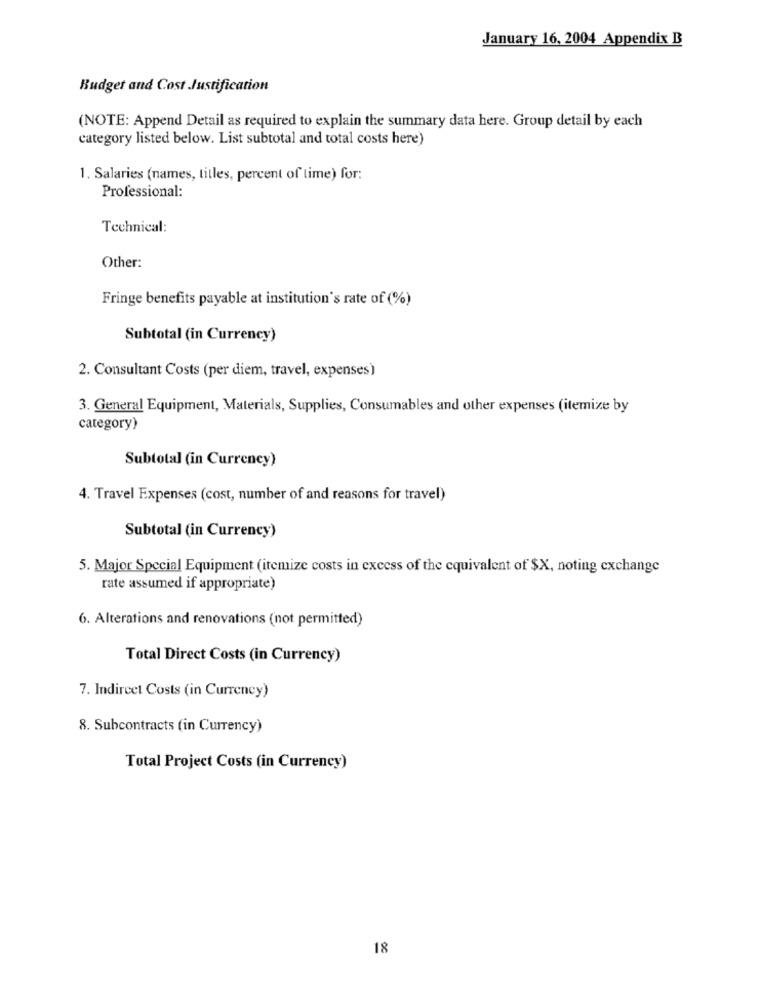
January 16, 2004 Appendix B
Budget and Cost Justification
(NOTE: Append Detail as required to explain the summary data here. Group detail by each
category listed below. List subtotal and total costs here)
1. Salaries (names, tilles, percent of time) for:
Professional:
Technical:
Other:
Fringe benefits payable at institution's rate of (%)
Subtotal (in Currency)
2. Consultant Costs (per diem, travel, expenses)
3. General Equipment, Materials, Supplies, Consumables and other expenses (itemize by
category)
Subtotal (in Currency)
4. Travel Expenses (cost, number of and reasons for travel)
Subtotal (in Currency)
5. Major Special Equipment (itemize costs in excess of the equivalent of $X, noting exchange
rate assumed if appropriate)
6. Alterations and renovations (not permitted)
Total Direct Costs (in Currency)
7. Indircet Costs (in Currency)
8. Subcontracts (in Currency)
Total Project Costs (in Currency)
18